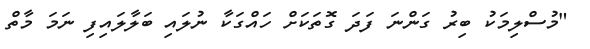
"މުސްލިމަކު ބިރު ގަންނަ ފަދަ ގޮތަކަށް ހައްގަކާ ނުލައި ބަލާލައިފި ނަމަ މާތް